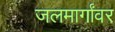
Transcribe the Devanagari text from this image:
जलमार्गांवर